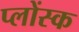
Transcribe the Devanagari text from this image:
प्लोंस्क